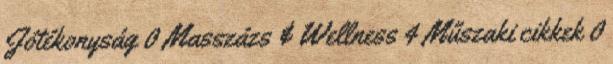
Jótékonyság 0 Masszázs & Wellness 4 Műszaki cikkek 0